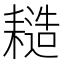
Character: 䎭